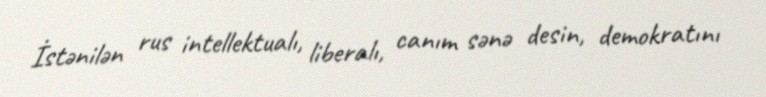
İstənilən rus intellektualı, liberalı, canım sənə desin, demokratını